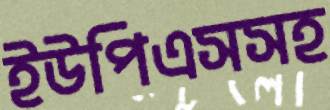
ইউপিএসসহ